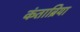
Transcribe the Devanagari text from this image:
कंताब्रिया